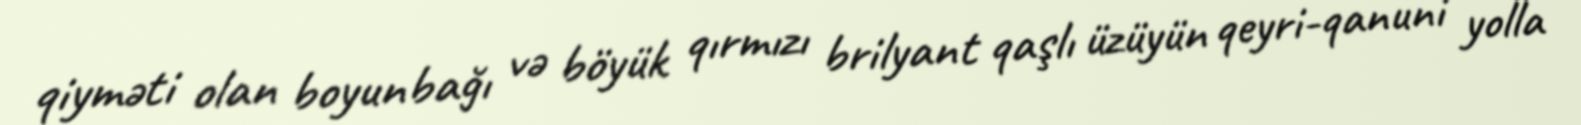
qiyməti olan boyunbağı və böyük qırmızı brilyant qaşlı üzüyün qeyri-qanuni yolla